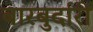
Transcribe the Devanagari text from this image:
बारबुर्दारी